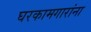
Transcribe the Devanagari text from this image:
घरकामगारांना